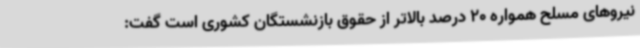
نیروهای مسلح همواره 20 درصد بالاتر از حقوق بازنشستگان کشوری است گفت: